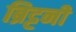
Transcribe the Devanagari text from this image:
ब्रिट्टनी